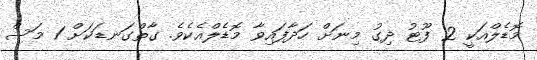
މޮޑެލްއަކީ 2 ފޫޓު ދިގު މިނަށް ހަދާފައިވާ މޮޑެލްއެކެވެ. ގާތްގަނޑަކަށް 1 މަސް